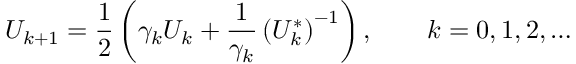
U _ { k + 1 } = { \frac { 1 } { 2 } } \left( \gamma _ { k } U _ { k } + { \frac { 1 } { \gamma _ { k } } } \left( U _ { k } ^ { * } \right) ^ { - 1 } \right) , \qquad k = 0 , 1 , 2 , \ldots